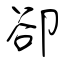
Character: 卻